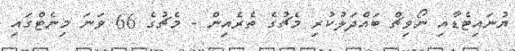
ޔުނައިޓެޑާއި ނޯވިޗް ބައްދަލުކުރި މެޗުގެ ތެރެއިން - މެޗުގެ 66 ވަނަ މިނެޓްގައި